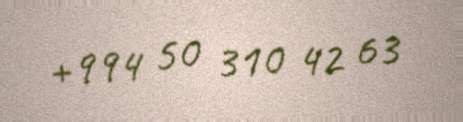
+994 50 310 42 63